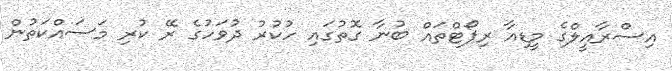
އިސްރާއީލްގެ މީޑިއާ ރިޕޯޓްތައް ބުނާ ގޮތުގައި ހުކުރު ދުވަހުގެ ރޭ ކުރި މަސައްކަތުން